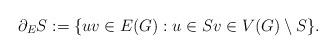
LaTeX: \begin{align*} \partial_ES:=\{uv\in E(G): u\in Sv\in V(G)\setminus S\}. \end{align*}